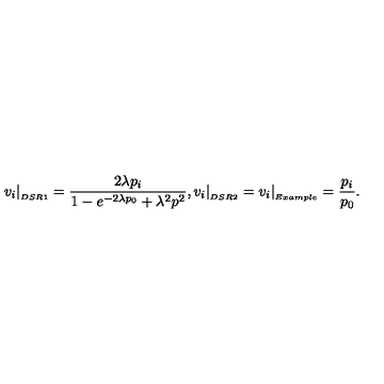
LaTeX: v _ { i } \vert _ { _ { D S R 1 } } = \frac { 2 \lambda p _ { i } } { 1 - e ^ { - 2 \lambda p _ { 0 } } + \lambda ^ { 2 } p ^ { 2 } } , v _ { i } \vert _ { _ { D S R 2 } } = v _ { i } \vert _ { _ { E x a m p l e } } = \frac { p _ { i } } { p _ { 0 } } .